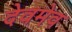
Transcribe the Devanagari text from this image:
देवमेव